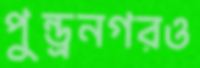
পুন্ড্রনগরও